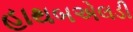
હાથબએલડી